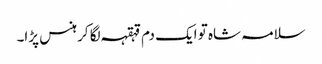
سلامہ شاہ تو ایک دم قہقہہ لگا کر ہنس پڑا۔